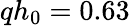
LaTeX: qh_{0}=0.63